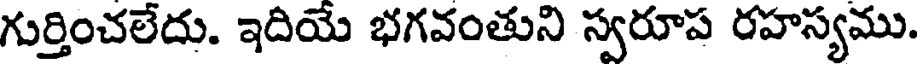
గుర్తించలేదు. ఇదియే భగవంతుని స్వరూప రహస్యము.